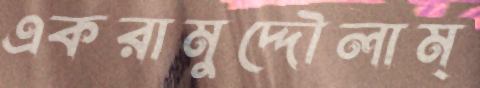
একরামুদ্দৌলাম্